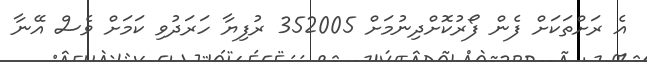
އެ ރަށްތަކަށް ފެން ފޯރުކޮށްދިނުމަށް 352005 ރުފިޔާ ހަރަދުވި ކަމަށް ވެސް އޭނާ